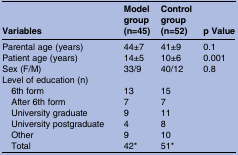
| Variables | Model group (n=45) | Control group (n=52) | p Value |
 | --- | --- | --- | --- |
 | Parental age (years) | 44±7 | 41±9 | 0.1 |
 | Patient age (years) | 14±5 | 10±6 | 0.001 |
 | Sex (F/M) | 33/9 | 40/12 | 0.8 |
 | <COLSPAN=4> Level of education (n) |
 | 6th form | 13 | 15 |  |
 | After 6th form | 7 | 7 |  |
 | University graduate | 9 | 11 |  |
 | University postgraduate | 4 | 8 |  |
 | Other | 9 | 10 |  |
 | Total | 42* | 51* |  |